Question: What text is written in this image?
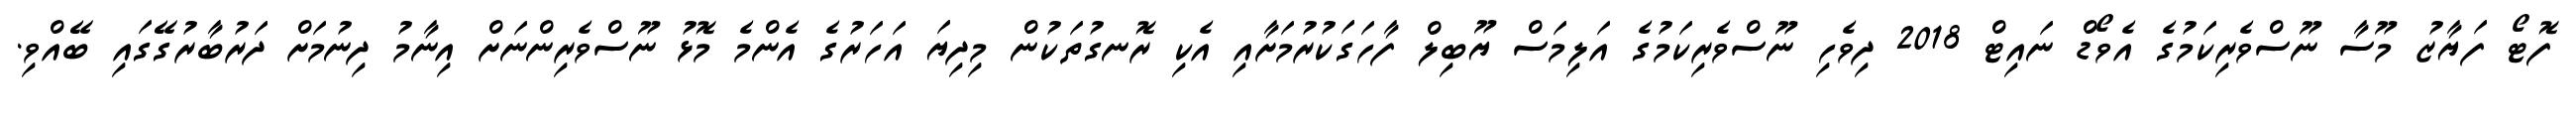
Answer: ފޮޓޯ ފަޔާޒު މޫސާ ނޫސްވެރިކަމުގެ އެވޯޑް ނައިޓް 2018 ދިވެހި ނޫސްވެރިކަމުގެ އަލިމަސް ޔޫބިލް ފާހަގަކުރުމަށާއި އެކި ރޮނގުތަކުން މިދިޔަ އަހަރުގެ އެންމެ މޮޅު ނޫސްވެރިންނަށް އިނާމު ދިނުމަށް ދަރުބާރުގޭގައި ބޭއްވި.